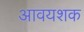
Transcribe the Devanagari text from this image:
आवयशक